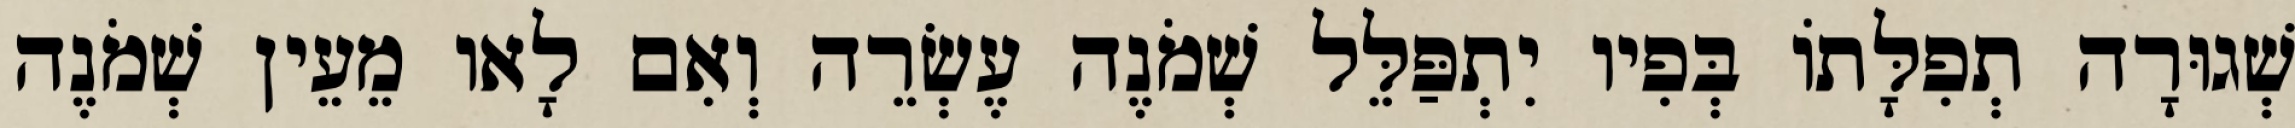
שְׁגוּרָה תְפִלָּתוֹ בְּפִיו יִתְפַּלֵּל שְׁמֹנֶה עֶשְׂרֵה וְאִם לָאו מֵעֵין שְׁמֹנֶה